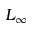
L _ { \infty }